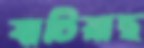
যাচিয়াছ